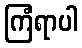
ကြံရာပါ